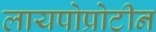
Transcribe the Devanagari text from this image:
लायपोप्रोटीन